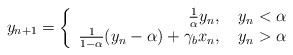
\begin{align*} y_{n+1}= \left \{ \begin{array}{r c l} \frac{1}{\alpha} y_n, \ \ \ y_n<\alpha \\ \frac{1}{1-\alpha}(y_n-\alpha)+\gamma_bx_n, \ \ \ y_n>\alpha\\ \end{array} \right.\end{align*}